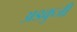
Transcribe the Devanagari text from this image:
अडकुजी